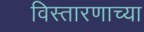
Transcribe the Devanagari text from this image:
विस्तारणाच्या